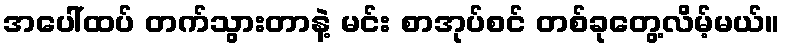
အပေါ်ထပ် တက်သွားတာနဲ့ မင်း စာအုပ်စင် တစ်ခုတွေ့လိမ့်မယ်။